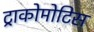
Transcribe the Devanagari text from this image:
ट्राकोमोटिस